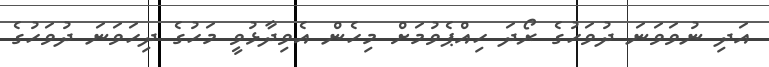
އަދި ނުވަވަނަ ދުވަހުގެ ރޯދަ ހިއްޕެވުމަށް މިހެން އެވިދާޅުވީ މަހުގެ ދިހަވަނަ ދުވަހުގެ